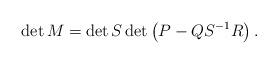
LaTeX: \begin{align*}\det M=\det S\det\left( P-QS^{-1}R\right) . \end{align*}